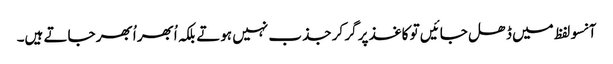
آنسو لفظ میں ڈھل جائیں تو کاغذ پر گر کر جذب نہیں ہوتے بلکہ اُبھر اُبھر جاتے ہیں۔